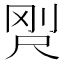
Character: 𡱸